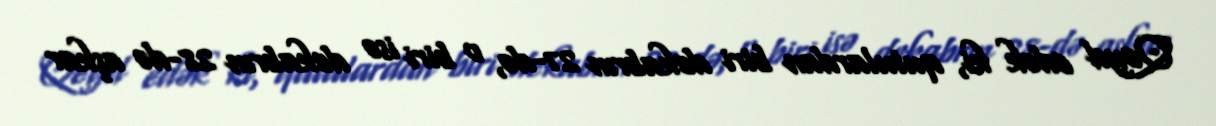
Qeyd edək ki, qutulardan biri dekabrın 27-də, o biri isə dekabrın 28-də aşkar